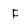
Character: F